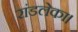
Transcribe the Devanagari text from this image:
रांडलेका।